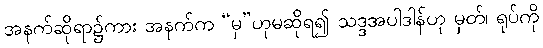
အနက်ဆိုရာ၌ကား အနက်က “မှ”ဟုမဆိုရ၍ သဒ္ဒအပါဒါန်ဟု မှတ်၊ ရုပ်ကို